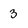
Character: 3